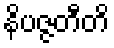
နိပဇ္ဇတီတိ